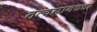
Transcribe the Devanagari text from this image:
तत्वज्ञानचर्चा